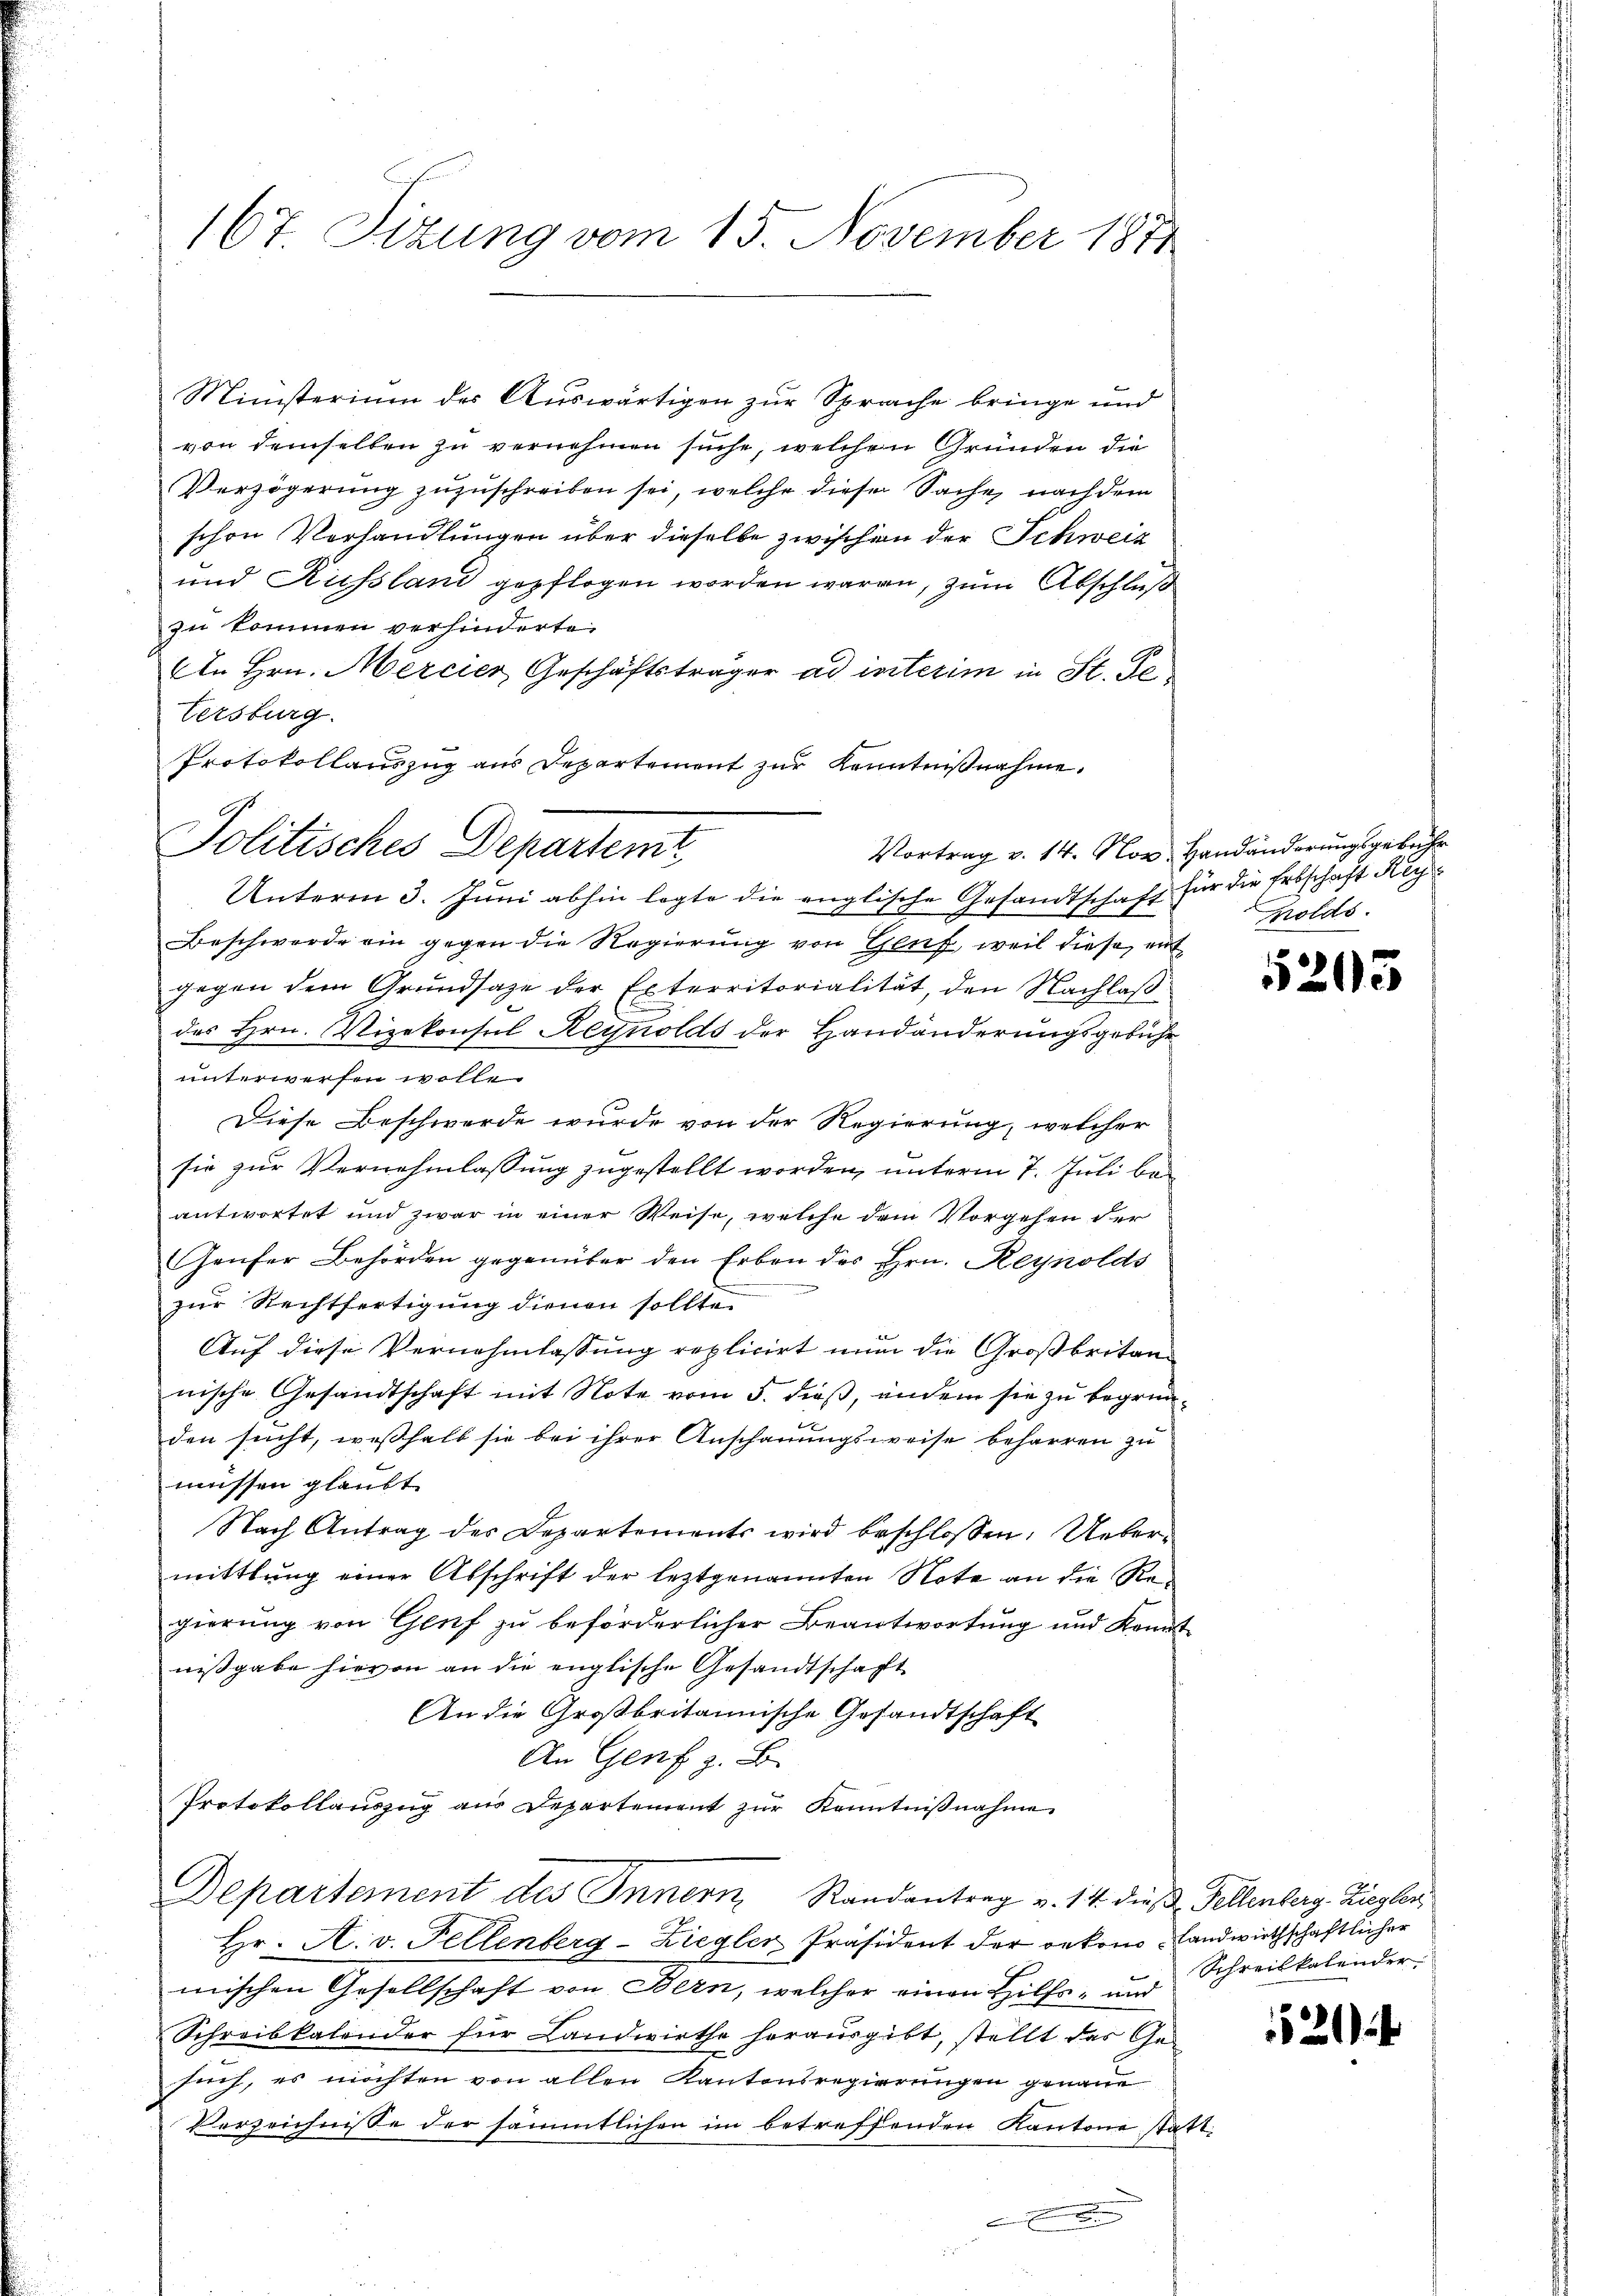
167. Sitzung vom 15. November 1871

Ministerium der Auswärtigen zur Sprache bringe und
von demselben zu vernehmen suche, welchen Gründen die
Verzögerŭng zŭzŭschreiben sei, welche diese Sache, nach dem
schon Vorhandlungen über dieselbe zwischen der Schweiz
und Kussland gepflogen worden waren, zum Abschluß
zu kommen verhinderte.
An Hrn. Mercier Geschäftsträger ad interim in St. Ge¬
Versburg.
Protokollauszug aus Departement zur Kenntnißnahme.
Vortrag v. 14. Nov. Handänderungsgebühr
Unterm 3. Juni abhin legte die englische Gesandtschaft für die Erbschaft Ker¬
Beschwerde ein gegen die Regierung von Genf, weil diese, mit
gegen dem Grundsaze der Exterritorialität, den Nachlaßdes Hrn. Vizekonsul Heynolds der Handänderungsgebühr
unterwerfen wolle.
Diese Beschwerde wurde von der Regierung, welcher
sie zur Vernehmlassung zugestellt worden, unterm 7. Juli beantwortet und zwar in einer Weise, welche dem Vorgehen der
Genfer Behörden gegenüber den Erben des Hrn. Reynolds
zur Rechtfertigung dienen sollten
Auf diese Vernehmlassung replicirt nun die Großbritannische Gesandtschaft mit Note vom 5. dieß, andem sie zu begründen sucht, weßhalb sie bei ihrer Anschauungsweise beharren zu
müssen glaubt
Nach Antrag des Departements wird beschlossen: Uebermittlung einer Abschrift der leztgenannten Note an die Regierung von Genf zu beförderlicher Beantwortung und Konnt
nißgabe hievon an die englische Gesandtschaft
An die Großbritannische Gesandtschaft
An Genf z. B.
Protokollauszug aus Departement zur Kenntnißnahme
Departement des Innern, Randantrag v. 14. die 3. Fellenberg-Ziegler
Hr. A. v. Fellenberg-Ziegler-Präsident der oekono, Landwirthschaftlicher
mischen Gesellschaft von Bern, welcher einen Hilfs- und
Schreibkalender für Landwirthe herausgibt, stellt das Ge
such, es möchten von allen Kantonsregierungen genaue
Verzeichnisse der sämmtlichen im betreffenden Kantone stat
.
2

Politisches Departemt

polds

5205

Schreibkalender

4.

20